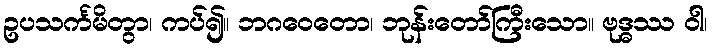
ဥပသင်္ကမိတွာ၊ ကပ်၍။ ဘဂဝေတော၊ ဘုန်းတော်ကြီးသော။ ဗုဒ္ဓဿ ဝါ၊